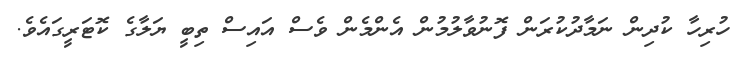
ހުރިހާ ކުދިން ނަމާދުކުރަން ފޮނުވާލުމުން އެންމެން ވެސް އައިސް ތިބީ ޔަލާގެ ކޮޓަރީގައެވެ.